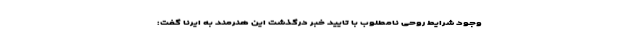
وجود شرایط روحی نامطلوب با تایید خبر درگذشت این هنرمند به ایرنا گفت: